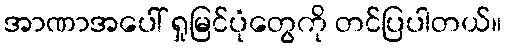
အာဏာအပေါ် ရှုမြင်ပုံတွေကို တင်ပြပါတယ်။